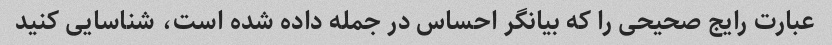
عبارت رایج صحیحی را که بیانگر احساس در جمله داده شده است، شناسایی کنید